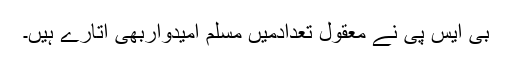
بی ایس پی نے معقول تعدادمیں مسلم امیدواربھی اتارے ہیں۔